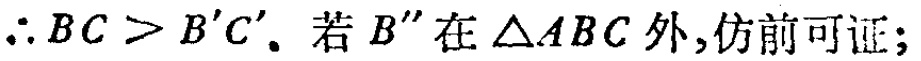
$\therefore BC > B'C'.$ 若 $B''$ 在 $\triangle ABC$ 外,仿前可证;